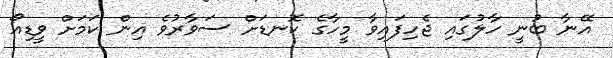
އޭނާ ބުނީ ހާލުގައި ޖެހިފައިވާ މީހާގެ ކޮނޑަށް ސަވާރުވެ އިން ކަމަށް ވީޑިއޯ